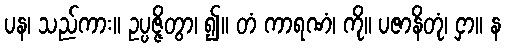
ပန၊ သည်ကား။ ဥပ္ပဇ္ဇိတွာ၊ ၍။ တံ ကာရဏံ၊ ကို။ ပဇာနိတုံ၊ ငှာ။ န